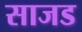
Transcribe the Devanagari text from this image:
साजड